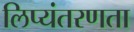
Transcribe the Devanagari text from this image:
लिप्यंतरणता